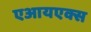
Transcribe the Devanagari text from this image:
एआयएक्स